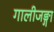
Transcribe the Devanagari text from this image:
गालीजङ्गा